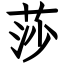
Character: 莎